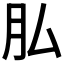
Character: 𦘯